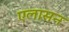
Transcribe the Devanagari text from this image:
एलासन